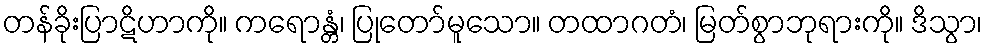
တန်ခိုးပြာဋိဟာကို။ ကရောန္တံ၊ ပြုတော်မူသော။ တထာဂတံ၊ မြတ်စွာဘုရားကို။ ဒိသွာ၊